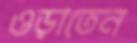
ওড়াতেন